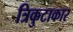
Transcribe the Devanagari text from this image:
त्रिकुटाकार